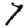
Digit: 7